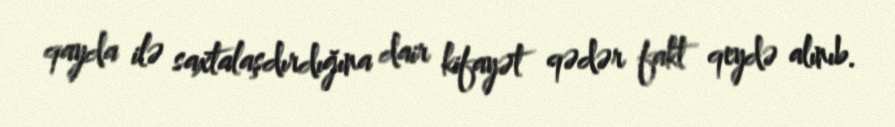
qayda ilə saxtalaşdırdığına dair kifayət qədər fakt qeydə alınıb.